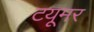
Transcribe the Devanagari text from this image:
टयूमर